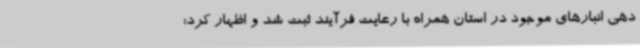
دهی انبارهای موجود در استان همراه با رعایت فرآیند ثبت شد و اظهار کرد: